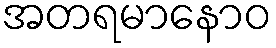
အတရမာနောဝ